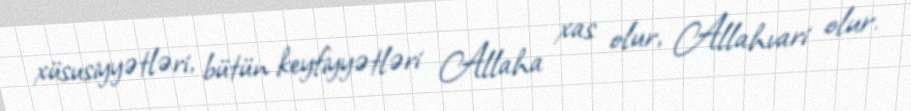
xüsusiyyətləri, bütün keyfiyyətləri Allaha xas olur, Allahvari olur.